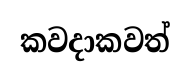
කවදාකවත්